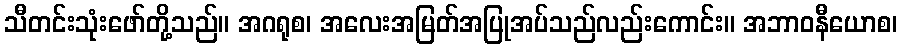
သီတင်းသုံးဖော်တို့သည်။ အဂရုစ၊ အလေးအမြတ်အပြုအပ်သည်လည်းကောင်း။ အဘာဝနီယောစ၊